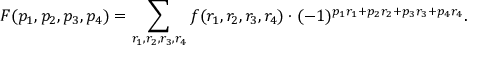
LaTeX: F ( p _ { 1 } , p _ { 2 } , p _ { 3 } , p _ { 4 } ) = \displaystyle \sum _ { r _ { 1 } , r _ { 2 } , r _ { 3 } , r _ { 4 } } f ( r _ { 1 } , r _ { 2 } , r _ { 3 } , r _ { 4 } ) \cdot ( - 1 ) ^ { p _ { 1 } r _ { 1 } + p _ { 2 } r _ { 2 } + p _ { 3 } r _ { 3 } + p _ { 4 } r _ { 4 } } .